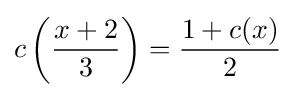
c\left({\frac {x+2}{3}}\right)={\frac {1+c(x)}{2}}